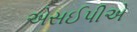
એસઈપીએ